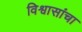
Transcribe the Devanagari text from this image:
विश्वासांचा